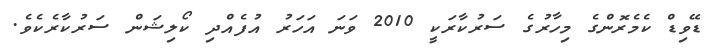
ޑޭވިޑް ކެމެރޮންގެ މިހާރުގެ ސަރުކާރަކީ 2010 ވަނަ އަހަރު އުފެއްދި ކޯލިޝަން ސަރުކާރެކެވެ.